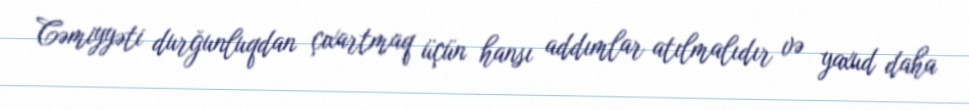
Cəmiyyəti durğunluqdan çıxartmaq üçün hansı addımlar atılmalıdır və yaxud daha